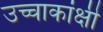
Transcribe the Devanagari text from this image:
उच्चाकांक्षी